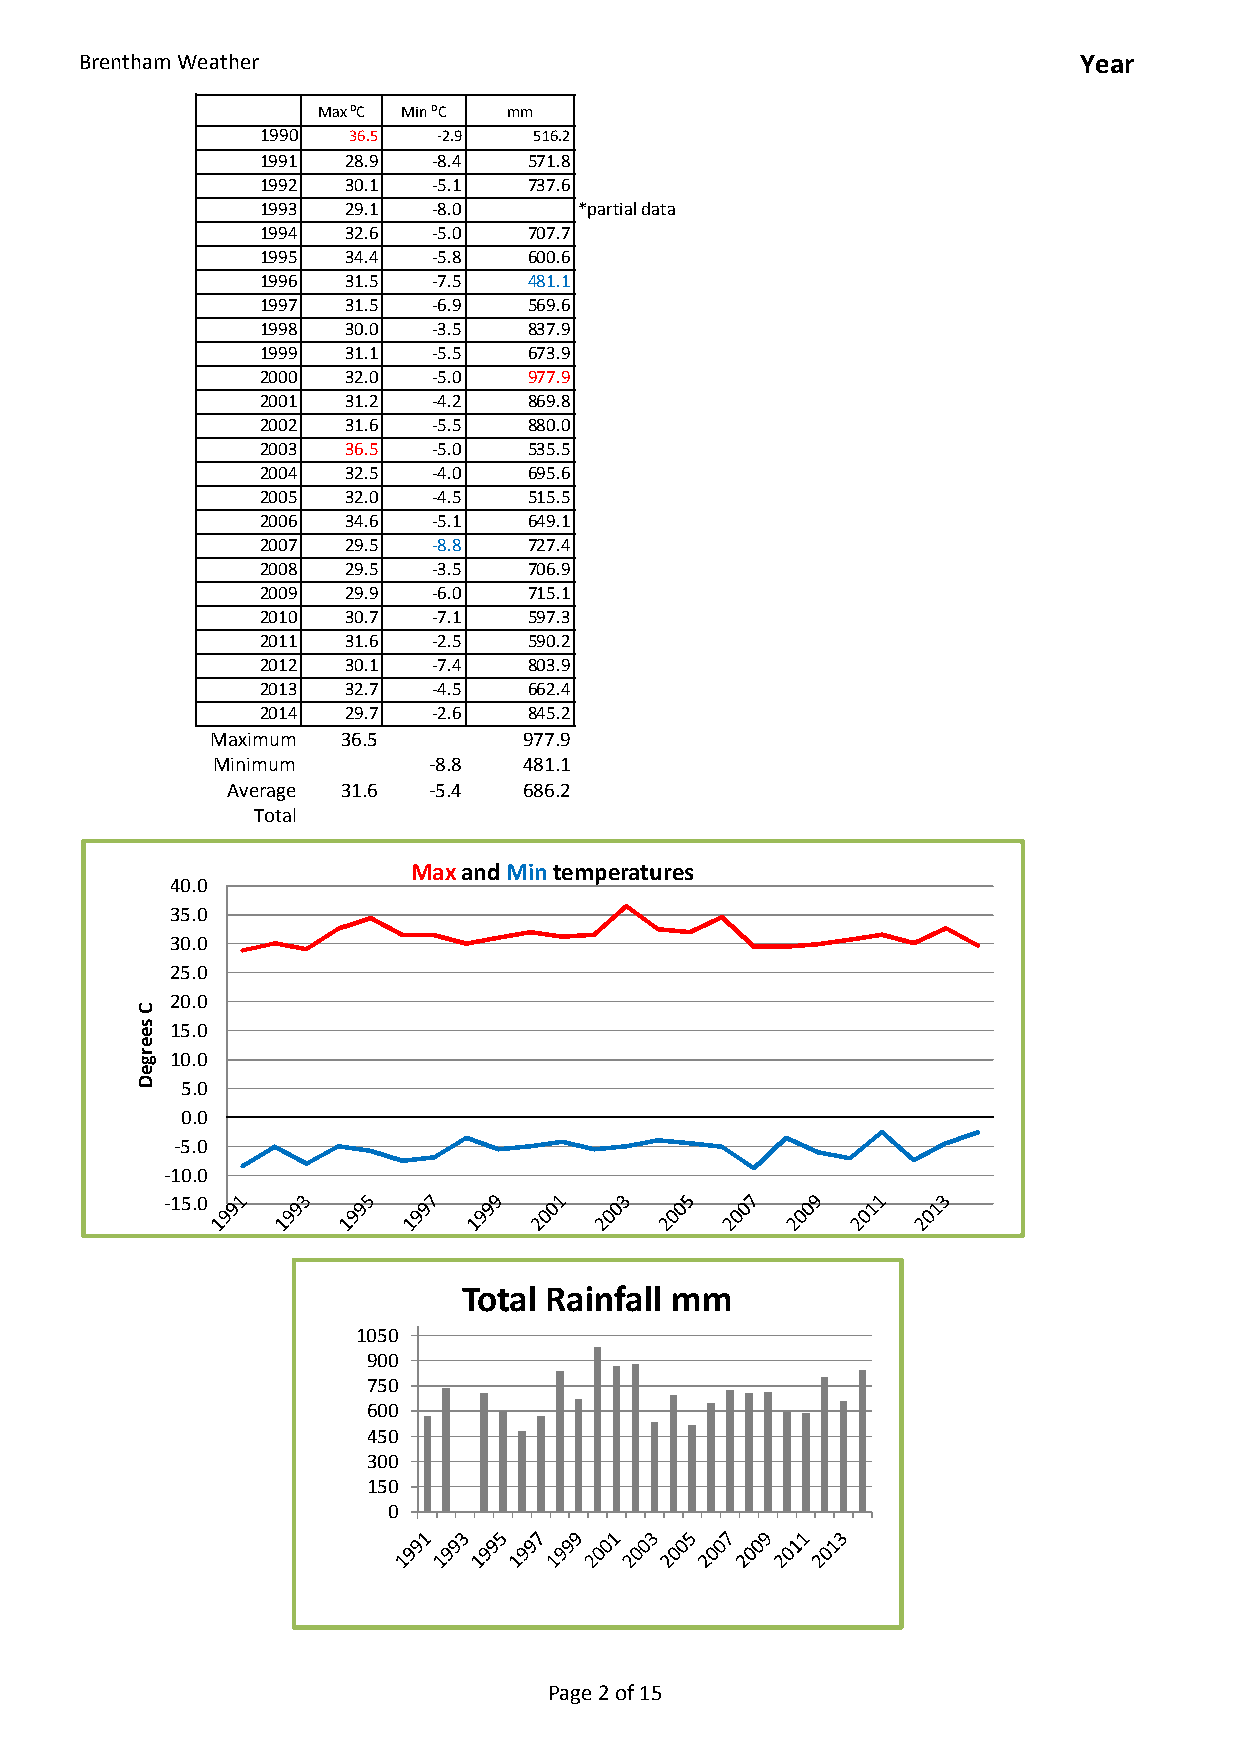
Brentham Weather                                                   Year
 Total Rainfall
 Max ⁰C Min ⁰C mm
 1990  36.5  -2.9  516.2
 1991  28.9  -8.4  571.8
 1992  30.1  -5.1  737.6
 1993  29.1  -8.0     *partial data
 1994  32.6  -5.0  707.7
 1995  34.4  -5.8  600.6
 1996  31.5  -7.5  481.1
 1997  31.5  -6.9  569.6
 1998  30.0  -3.5  837.9
 1999  31.1  -5.5  673.9
 2000  32.0  -5.0  977.9
 2001  31.2  -4.2  869.8
 2002  31.6  -5.5  880.0
 2003  36.5  -5.0  535.5
 2004  32.5  -4.0  695.6
 2005  32.0  -4.5  515.5
 2006  34.6  -5.1  649.1
 2007  29.5  -8.8  727.4
 2008  29.5  -3.5  706.9
 2009  29.9  -6.0  715.1
 2010  30.7  -7.1  597.3
 2011  31.6  -2.5  590.2
 2012  30.1  -7.4  803.9
 2013  32.7  -4.5  662.4
 2014  29.7  -2.6  845.2
 Maximum  36.5        977.9
 Minimum       -8.8   481.1
 Average 31.6 -5.4   686.2
 Total
 Maxand Mintemperatures
 40.0
 35.0
 30.0
 25.0
 20.0
 15.0
 10.0
 5.0
 0.0
 -5.0
 -10.0
 -15.0
 Total Rainfall mm
 1050
 900
 750
 600
 450
 300
 150
 0
 Page 2 of 15
 C
 seergeD